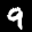
Label: 9